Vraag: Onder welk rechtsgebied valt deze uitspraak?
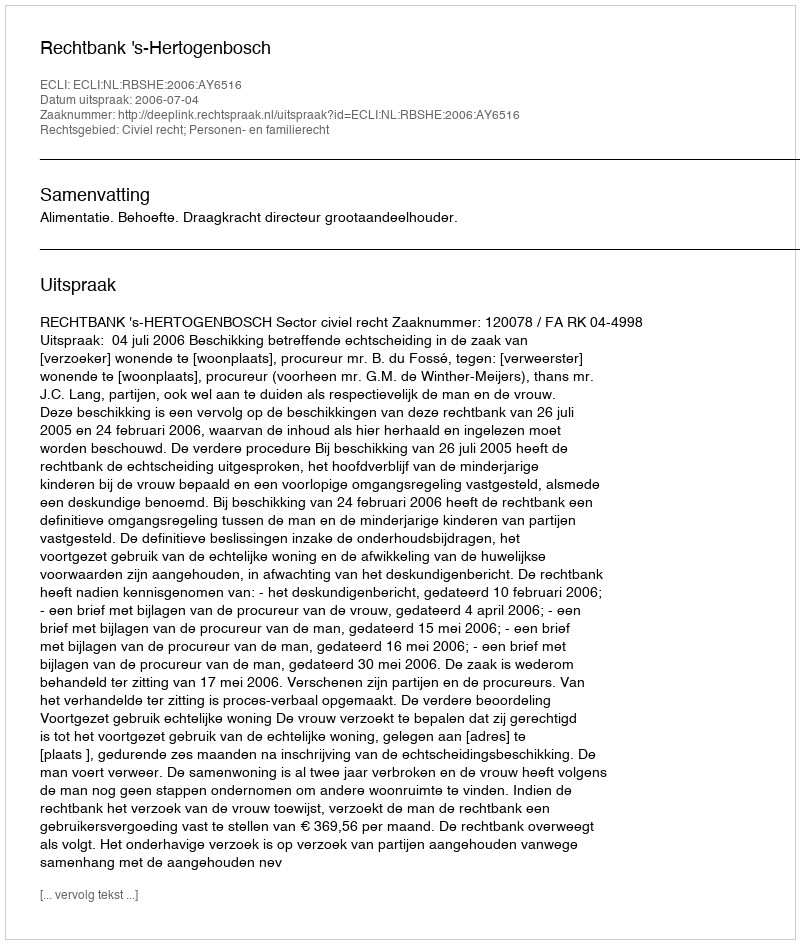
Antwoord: Civiel recht; Personen- en familierecht